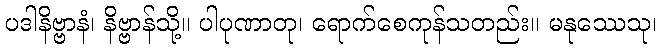
ပဒါနိဗ္ဗာနံ၊ နိဗ္ဗာန်သို့။ ပါပုဏာတု၊ ရောက်စေကုန်သတည်း။ မနုဿေသု၊